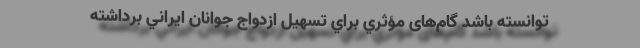
توانسته باشد گام‌های مؤثري براي تسهيل ازدواج جوانان ايراني برداشته